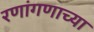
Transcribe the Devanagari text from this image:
रणांगणाच्या